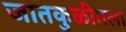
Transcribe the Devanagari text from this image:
जातकुळीतला